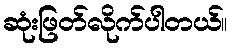
ဆုံးဖြတ်လိုက်ပါတယ်။